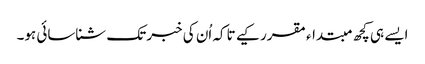
ایسے ہی کچھ مبتداء مقرر کیے تاکہ اُن کی خبر تک شناسائی ہو۔